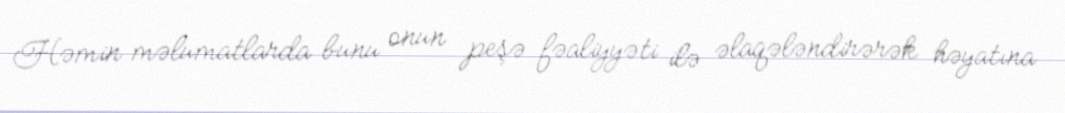
Həmin məlumatlarda bunu onun peşə fəaliyyəti ilə əlaqələndirərək həyatına